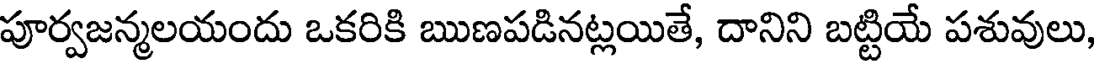
పూర్వజన్మలయందు ఒకరికి ఋణపడినట్లయితే, దానిని బట్టియే పశువులు,